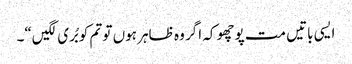
ایسی باتیں مت پوچھو کہ اگر وہ ظاہر ہوں تو تم کو بُری لگیں“۔